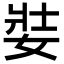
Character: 娤